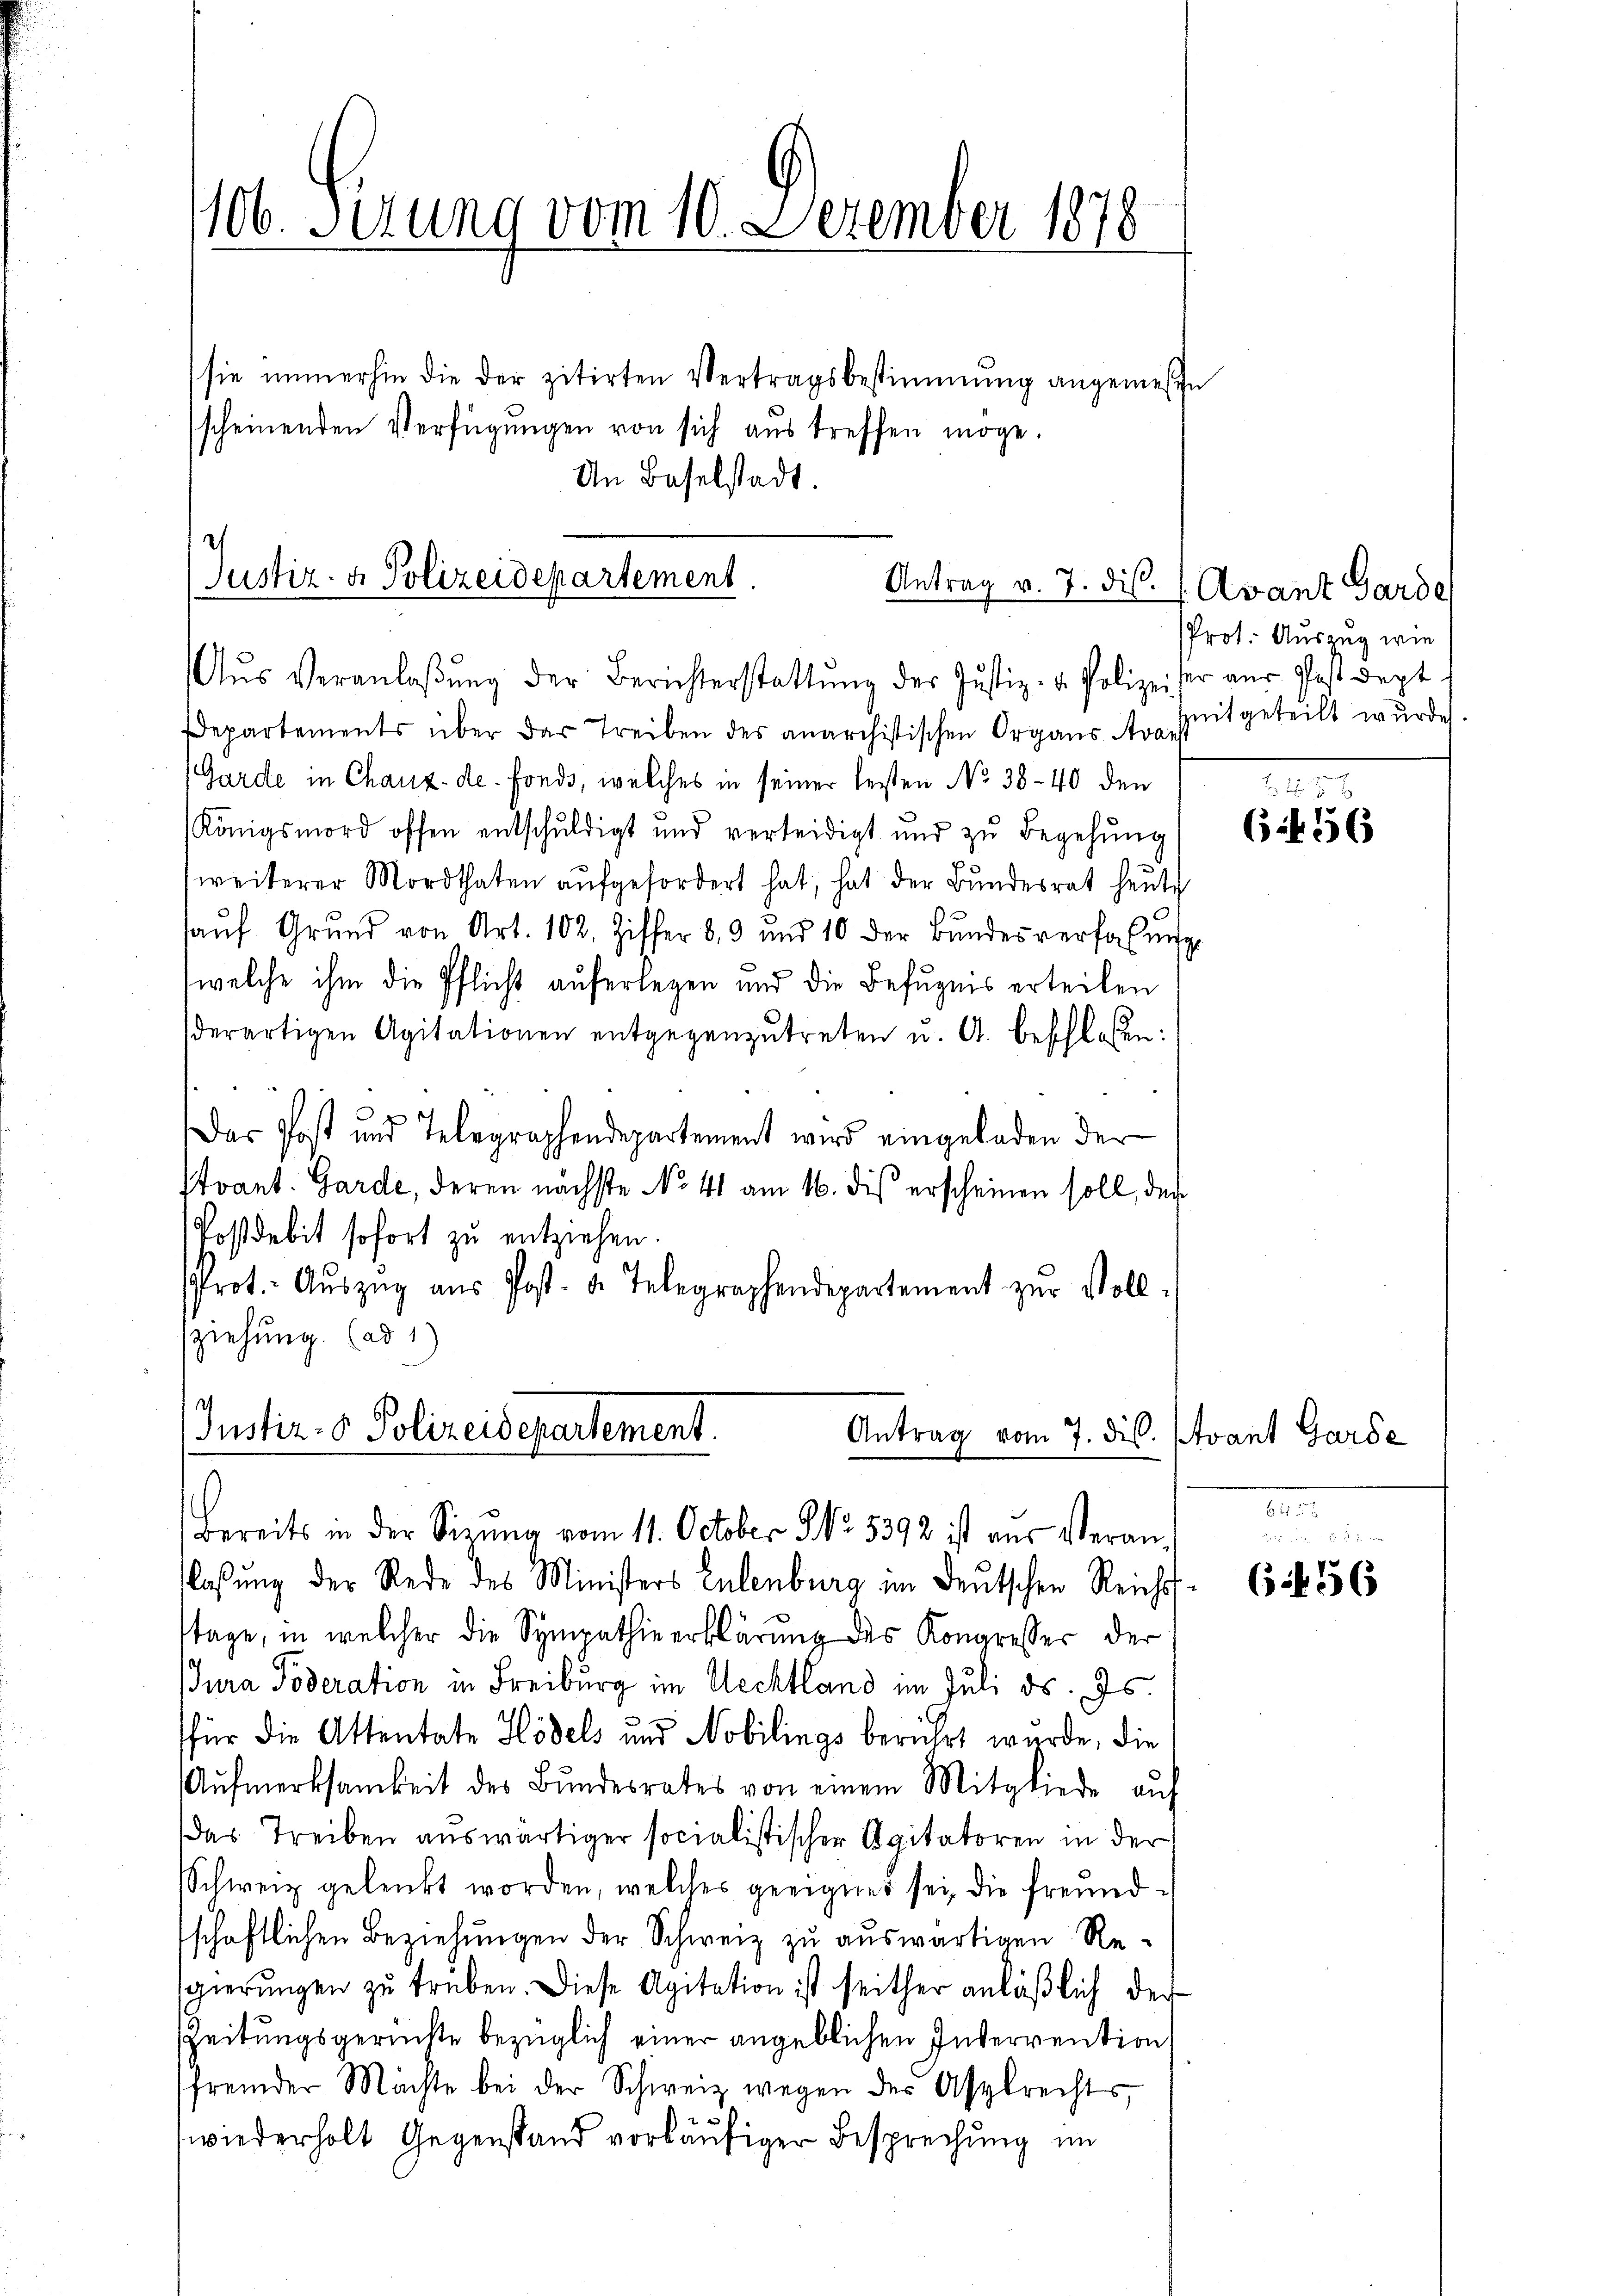
106. Sirung vom 10. Dezember 1878
sie immerhin die der zitirten Vertragsbestimmung angemesse
scheinenden Verfügungen von sich aus treffen möge.
An Baselstadt.

Justiz- & Polizeidepartement.
Aŭs Veranlaβŭng der Berichterstattŭng der Justiz- u. Polizeiser aŭs Postdept

Instiz- & Polizeidepartement.
Antrag vom 7. dis.
bereits in der Sitzŭng vom 11. October No. 5392 ist aus Veran¬

Departements über der Treiben des anarchistischen Organs Arbeitgeteilt wurde.
Garde in Chaux-de. Fonds, welches in seiner lesten No 38-40 den
Königsmord offen entschuldigt und verteidigt und zu Begehung
weiterer Mordthaten aŭfgefordert hat, hat der Bundesrat heute
aŭf Grŭnd von Art. 102. Ziffer 83 und 10 der Bŭndesverfassŭng
welche ihm die Pflicht auferlegen und die Befugnis erteilen
derartigen Agitationen entgegenzŭtreten u. A. beschlossen:
Das Post und Telegraphendepartement wird eingeladen der
Stvant. Garde, deren nächste No 41 am 16. dis erscheinen soll, der
Postdebit sofort zu entziehen.
Prot. Aŭszŭg aŭs Post- u. Telegraphendepartement zŭr Voll-
ziehung. (ad 1)

Antrag v. 7. ds. 1. Avant Garde

laβŭng der Rede des Ministers Entenburg im deŭtschen Reich
tage, in welcher die Sympathie erklärung des Kongresser der
Jura Poderation in Freiburg im Uechtland im Juli d. Js.
für die Attentate Hödels und Nobilings berührt wurde, die
Aŭfmerksamkeit des Bundesrates von einem Mitgliede auf
das Treiben auswärtiger socialistischer Agitatoren in der
Schweiz gelenkt worden, welches geeignes sei, die freundschaftlichen Beziehungen der Schweiz zu auswärtigen Resgierŭngen zŭ trüben. Diese Agitation ist seither anläβlich der
Zeitungsgerichte bezüglich einer angeblichen Interrention
fremder Machte bei der Schweiz wegen der Asplrechts,
wiederholt Gegenstand vorläŭfiger Besprechung im

Prot. Auszug wie

if. 56

tvant Garde

56